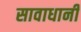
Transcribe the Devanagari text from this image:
सावाधानी